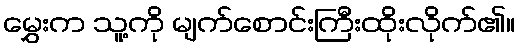
မွှေးက သူ့ကို မျက်စောင်းကြီးထိုးလိုက်၏။